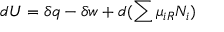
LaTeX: d U = \delta q - \delta w + d ( \sum \mu _ { i R } N _ { i } )